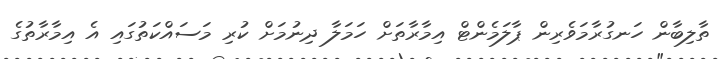
ތާލިބާން ހަނގުރާމަވެރިން ޕާލަމެންޓް އިމާރާތަށް ހަމަލާ ދިނުމަށް ކުރި މަސައްކަތުގައި އެ އިމާރާތުގެ